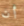
أن